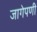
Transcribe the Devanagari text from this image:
जागेपणी